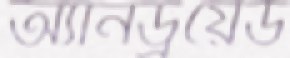
অ্যানড্রয়েড